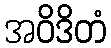
အဝိဒိတံ